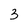
Character: 3